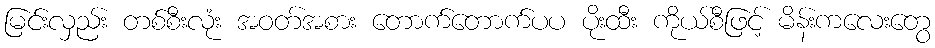
မြင်းလှည်း တစ်စီးလုံး အဝတ်အစား တောက်တောက်ပပ ပိုးထီး ကိုယ်စီဖြင့် မိန်းကလေးတွေ